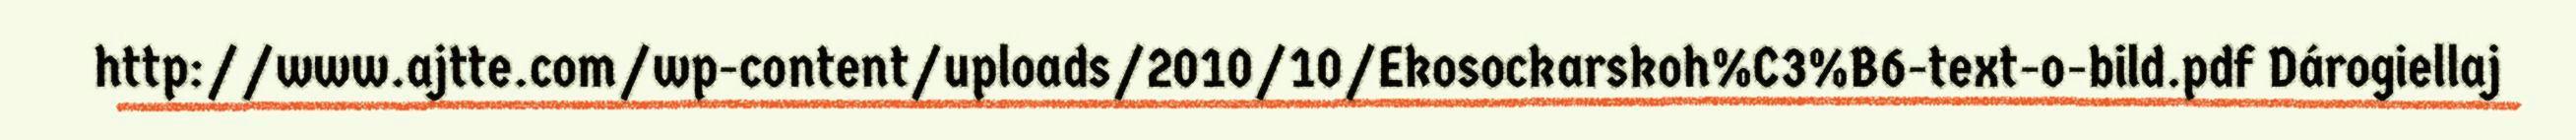
http://www.ajtte.com/wp-content/uploads/2010/10/Ekosockarskoh%C3%B6-text-o-bild.pdf Dárogiellaj